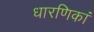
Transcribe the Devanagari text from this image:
धारणिकां